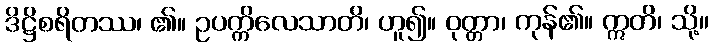
ဒိဋ္ဌိစရိတဿ၊ ၏။ ဥပက္ကိလေသာတိ၊ ဟူ၍။ ဝုတ္တာ၊ ကုန်၏။ ဣတိ၊ သို့။